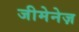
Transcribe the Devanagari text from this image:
जीमेनेज़